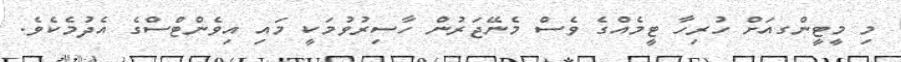
މި މީޓީންގއަށް ހުރިހާ ޓީމެއްގެ ވެސް މެނޭޖަރުން ހާސިރުވުމަކީ މައި އިވެންޓްސްގެ އެދުމެކެވެ.